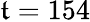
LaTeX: \mathfrak{t}=154